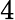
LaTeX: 4